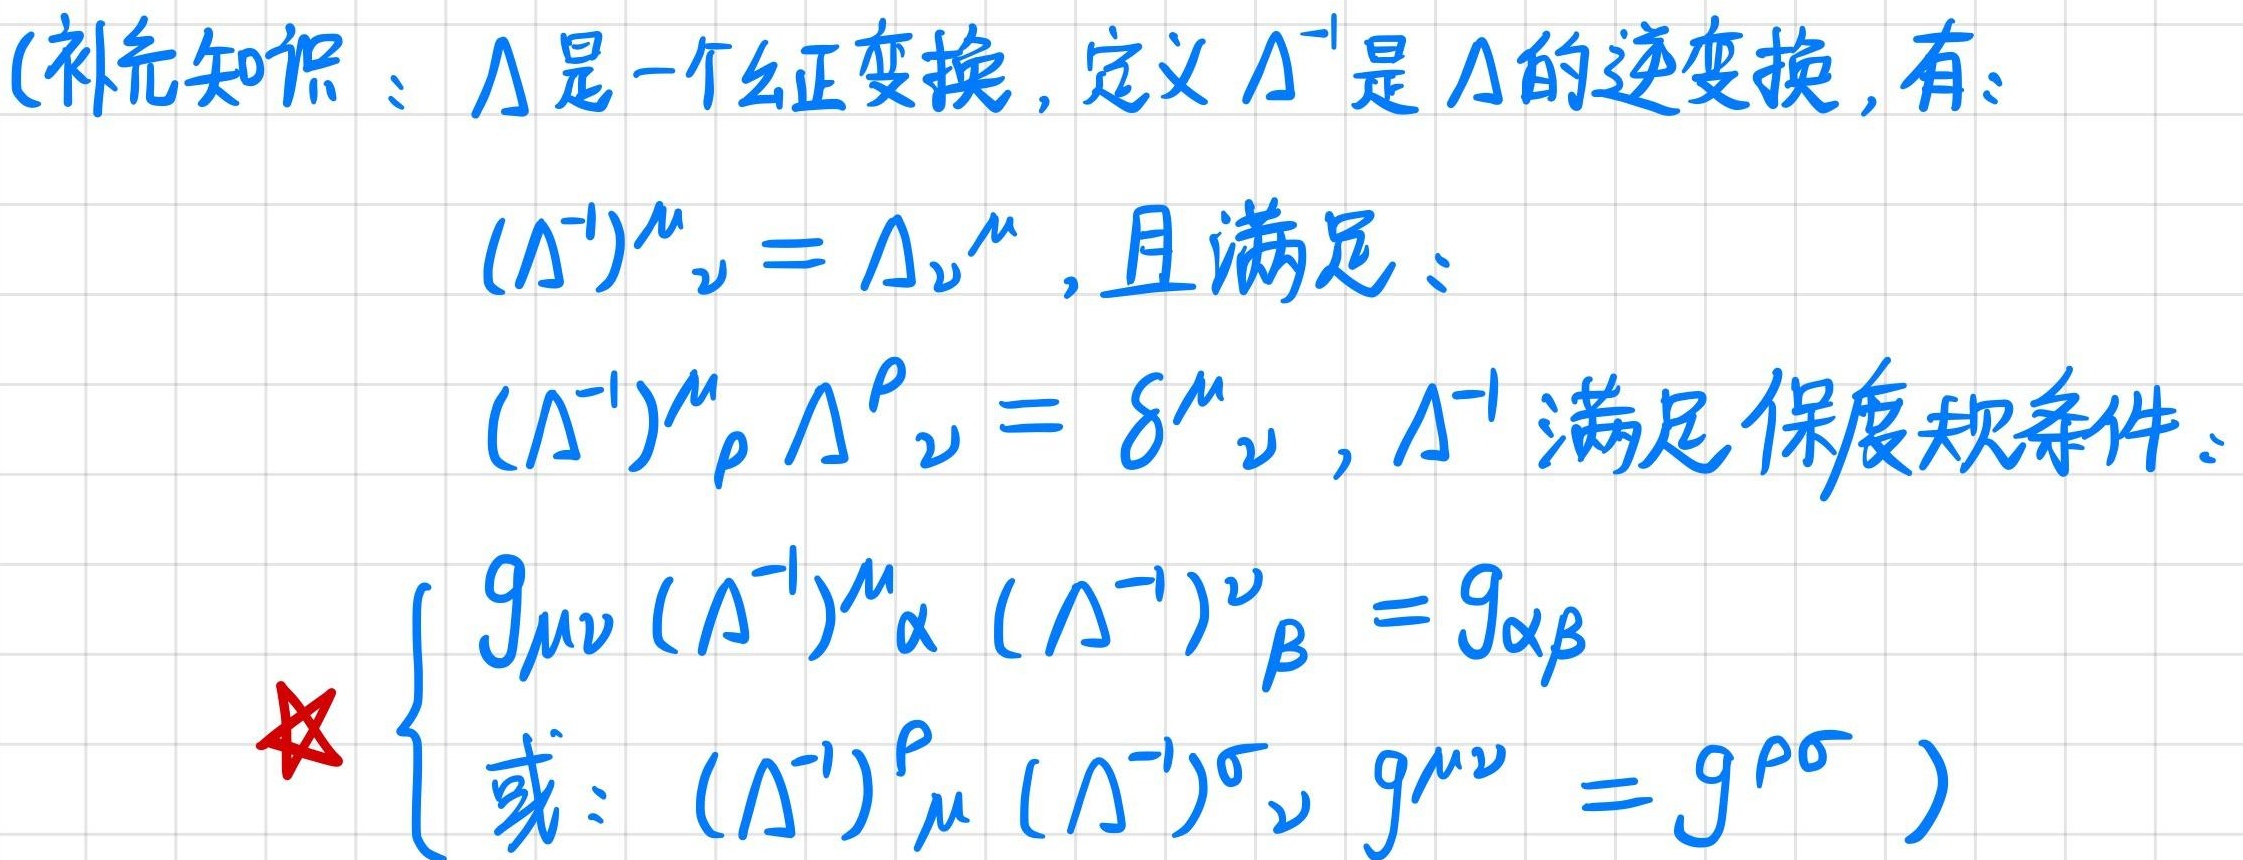
(补充知识：$\Lambda$ 是一个么正变换，定义 $\Lambda^{-1}$ 是 $\Lambda$ 的逆变换，有：
$(\Lambda^{-1})^{\mu}{}_{\nu}=\Lambda_{\nu}{}^{\mu}$，且满足：
$(\Lambda^{-1})^{\mu}{}_{\rho}\Lambda^{\rho}{}_{\nu}=\delta^{\mu}{}_{\nu}$，$\Lambda^{-1}$ 满足保度规条件：
$\left\{\begin{array}{l}g_{\mu\nu}(\Lambda^{-1})^{\mu}{}_{\alpha}(\Lambda^{-1})^{\nu}{}_{\beta}=g_{\alpha\beta}\\或：(\Lambda^{-1})^{\rho}{}_{\mu}(\Lambda^{-1})^{\sigma}{}_{\nu}g^{\mu\nu}=g^{\rho\sigma}\end{array}\right.$)